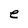
Character: e